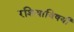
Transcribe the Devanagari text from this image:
रशियाविषयी